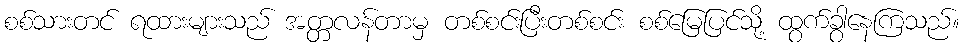
စစ်သားတင် ရထားများသည် အတ္တလန်တာမှ တစ်စင်းပြီးတစ်စင်း စစ်မြေပြင်သို့ ထွက်ခွာနေကြသည်။